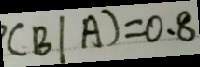
( B \vert A ) = 0 . 8